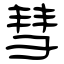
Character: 彗